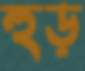
হুড়